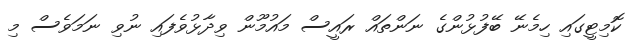
ކޮމިޓީގައި ހިމެނޭ ބޭފުޅުންގެ ނަންތައް ރައީސް މައުމޫން ވިދާޅުވެފައި ނުވި ނަމަވެސް މި